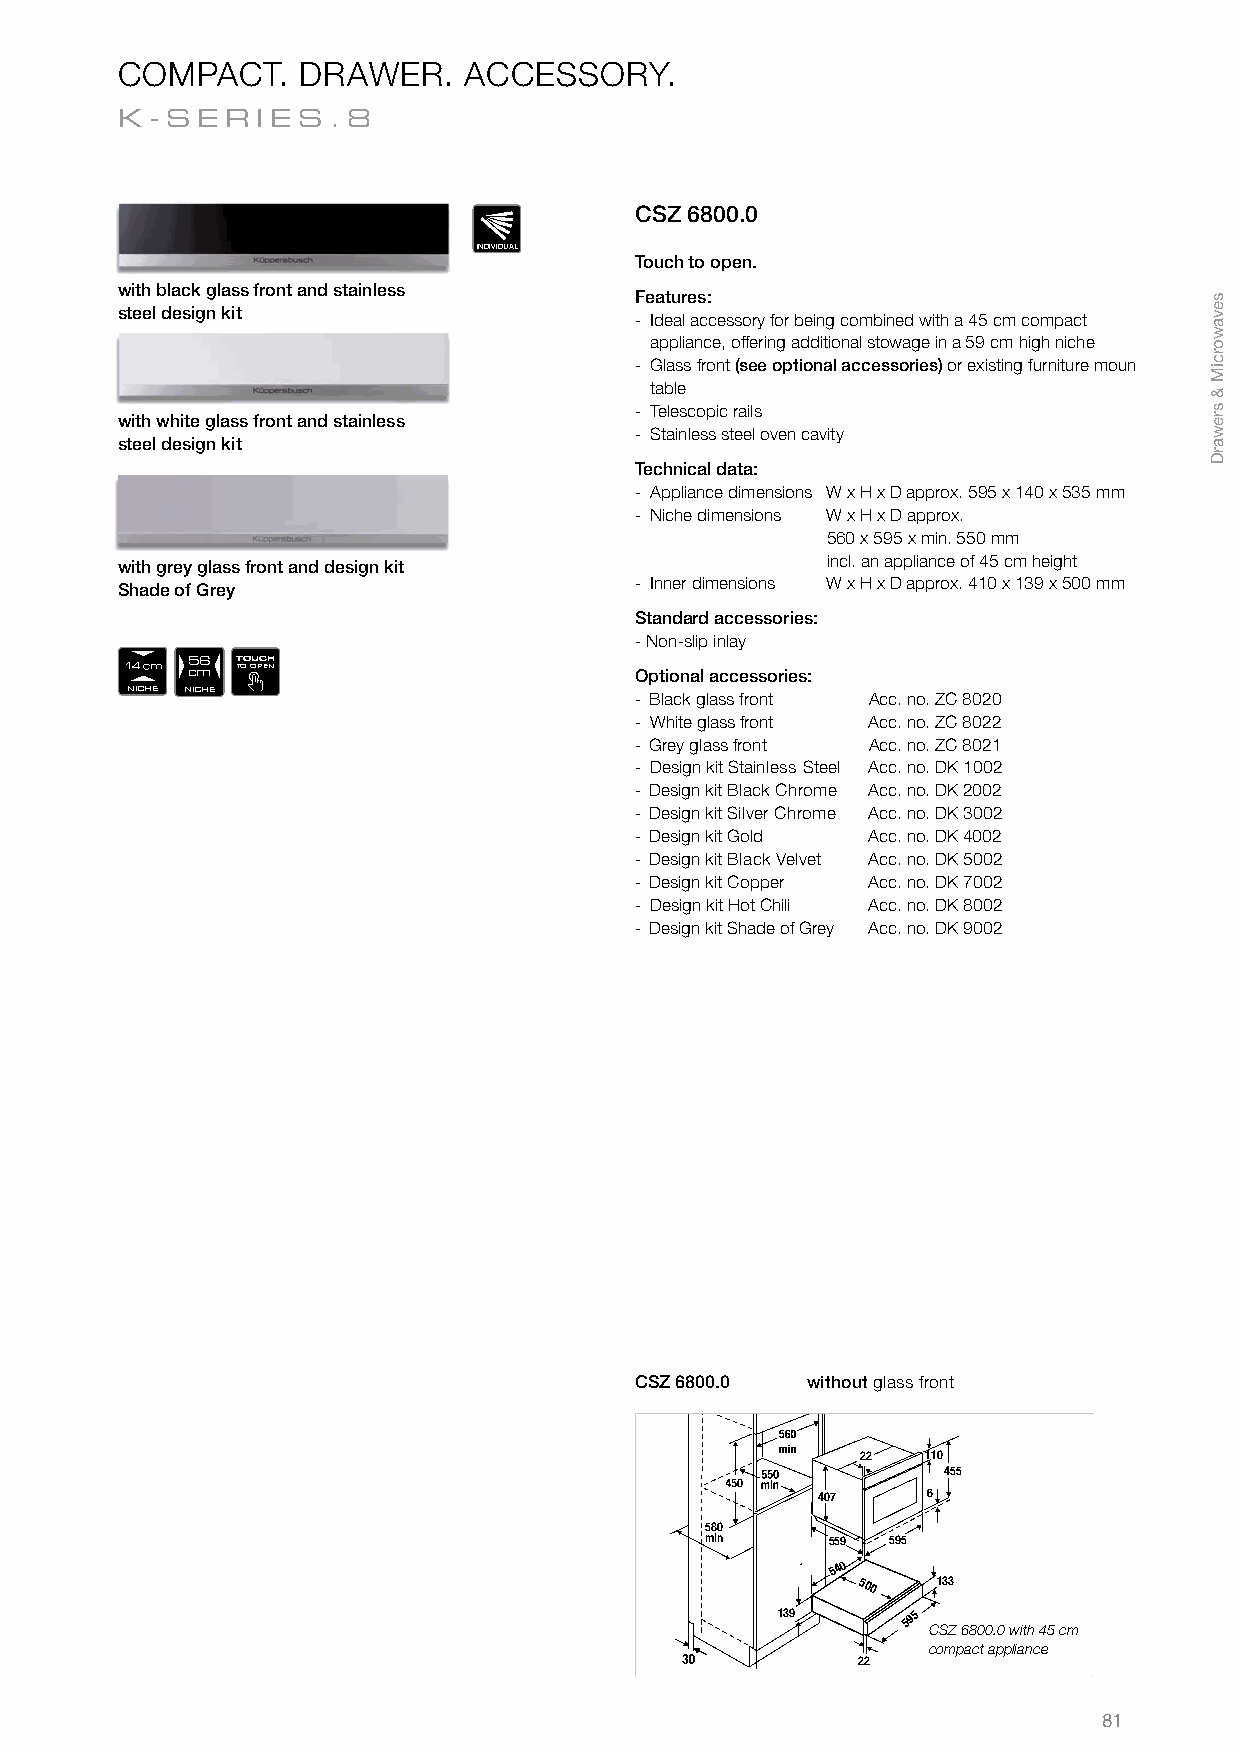
COMPACT.    DRAWER.    ACCESSORY.
 K-SER    IES.8
 CSZ 6800.0
 INDIVIDUAL
 Touch to open.
 with black glass front and stainless
 Features:
 steel design kit
 - Ideal accessory for being combined with a 45 cm compact
 appliance, offering additional stowage in a 59 cm high niche
 - Glass front (see optional accessories) or existing furniture moun
 table
 - Telescopic rails
 with white glass front and stainless
 - Stainless steel oven cavity
 steel design kit
 Technical data:
 - Appliance dimensions W x H x D approx. 595 x 140 x 535 mm
 - Niche dimensions W x H x D approx.
 560 x 595 x min. 550 mm
 with grey glass front and design kit           incl. an appliance of 45 cm height
 Shade of Grey                     - Inner dimensions W x H x D approx. 410 x 139 x 500 mm
 Standard accessories:
 - Non-slip inlay
 56  TOUCH
 cm  TO OPEN                   Optional accessories:
 NICHE NICHE                       - Black glass front Acc. no. ZC 8020
 - White glass front Acc. no. ZC 8022
 - Grey glass front Acc. no. ZC 8021
 - Design kit Stainless Steel Acc. no. DK 1002
 - Design kit Black Chrome Acc. no. DK 2002
 - Design kit Silver Chrome Acc. no. DK 3002
 - Design kit Gold Acc. no. DK 4002
 - Design kit Black Velvet Acc. no. DK 5002
 - Design kit Copper Acc. no. DK 7002
 - Design kit Hot Chili Acc. no. DK 8002
 - Design kit Shade of Grey Acc. no. DK 9002
 CSZ 6800.0 without glass front
 22  110
 455
 407    6
 580
 min     559 595
 540
 500  133
 139  559955 595
 CSZ 6800.0 with 45 cm
 compact appliance
 22
 81
 sevaworciM
 &
 srewarD